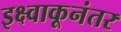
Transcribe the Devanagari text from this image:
इक्ष्वाकूनंतर